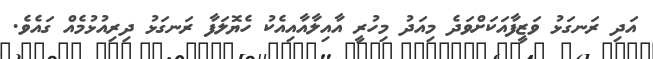
އަދި ރަނގަޅު ވަޒީފާއަކަށްވަދެ މިއަދު މިހުރީ އާއިލާއާއިއެކު ހެޔޮލަފާ ރަނގަޅު ދިރިއުޅުމެއް ގައެވެ.